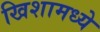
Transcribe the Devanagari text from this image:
खिशामध्ये